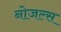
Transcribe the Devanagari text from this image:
नोजल्स